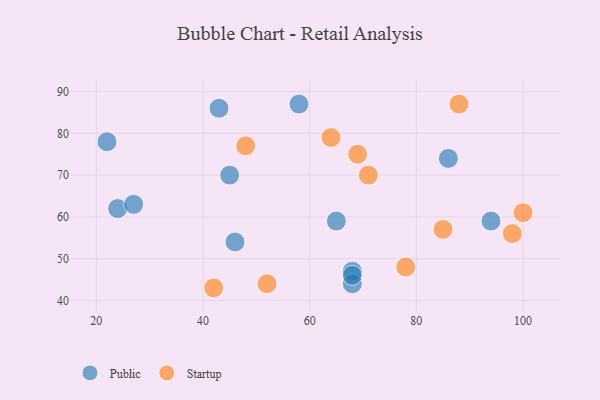
{"axis": {"x": "GDP", "y": "Life Expectancy"}, "legend": ["Public", "Startup"], "data": [{"x": "65", "y": 59, "type": "Public"}, {"x": "24", "y": 62, "type": "Public"}, {"x": "22", "y": 78, "type": "Public"}, {"x": "27", "y": 63, "type": "Public"}, {"x": "86", "y": 74, "type": "Public"}, {"x": "68", "y": 47, "type": "Public"}, {"x": "68", "y": 44, "type": "Public"}, {"x": "68", "y": 46, "type": "Public"}, {"x": "43", "y": 86, "type": "Public"}, {"x": "94", "y": 59, "type": "Public"}, {"x": "58", "y": 87, "type": "Public"}, {"x": "46", "y": 54, "type": "Public"}, {"x": "45", "y": 70, "type": "Public"}, {"x": "100", "y": 61, "type": "Startup"}, {"x": "64", "y": 79, "type": "Startup"}, {"x": "52", "y": 44, "type": "Startup"}, {"x": "69", "y": 75, "type": "Startup"}, {"x": "85", "y": 57, "type": "Startup"}, {"x": "88", "y": 87, "type": "Startup"}, {"x": "78", "y": 48, "type": "Startup"}, {"x": "71", "y": 70, "type": "Startup"}, {"x": "42", "y": 43, "type": "Startup"}, {"x": "48", "y": 77, "type": "Startup"}, {"x": "98", "y": 56, "type": "Startup"}]}